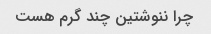
چرا ننوشتین چند گرم هست